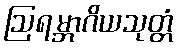
ဩရမ္ဘာဂိယသုတ္တံ